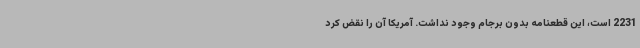
2231 است، این قطعنامه بدون برجام وجود نداشت. آمریکا آن را نقض کرد